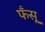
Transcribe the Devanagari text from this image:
फँसू